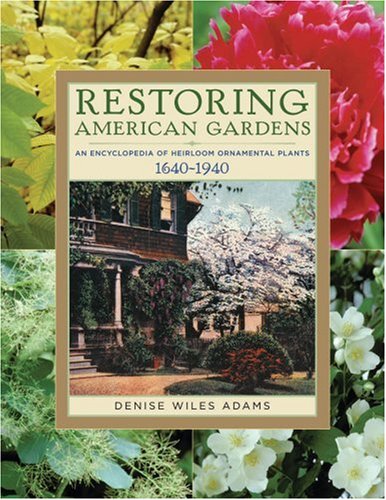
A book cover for Restoring American Gardens: An Encyclopedia of Heirloom Ornamental Plants, 1640-1940; Denise Wiles Adams; Crafts, Hobbies & Home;